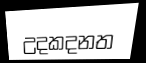
උදකදනත